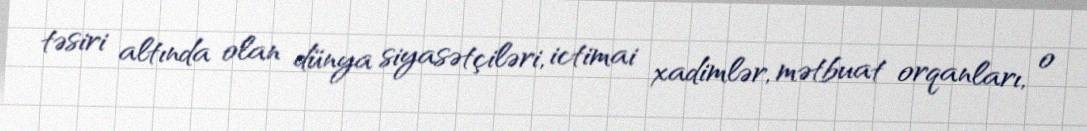
təsiri altında olan dünya siyasətçiləri, ictimai xadimlər, mətbuat orqanları, o